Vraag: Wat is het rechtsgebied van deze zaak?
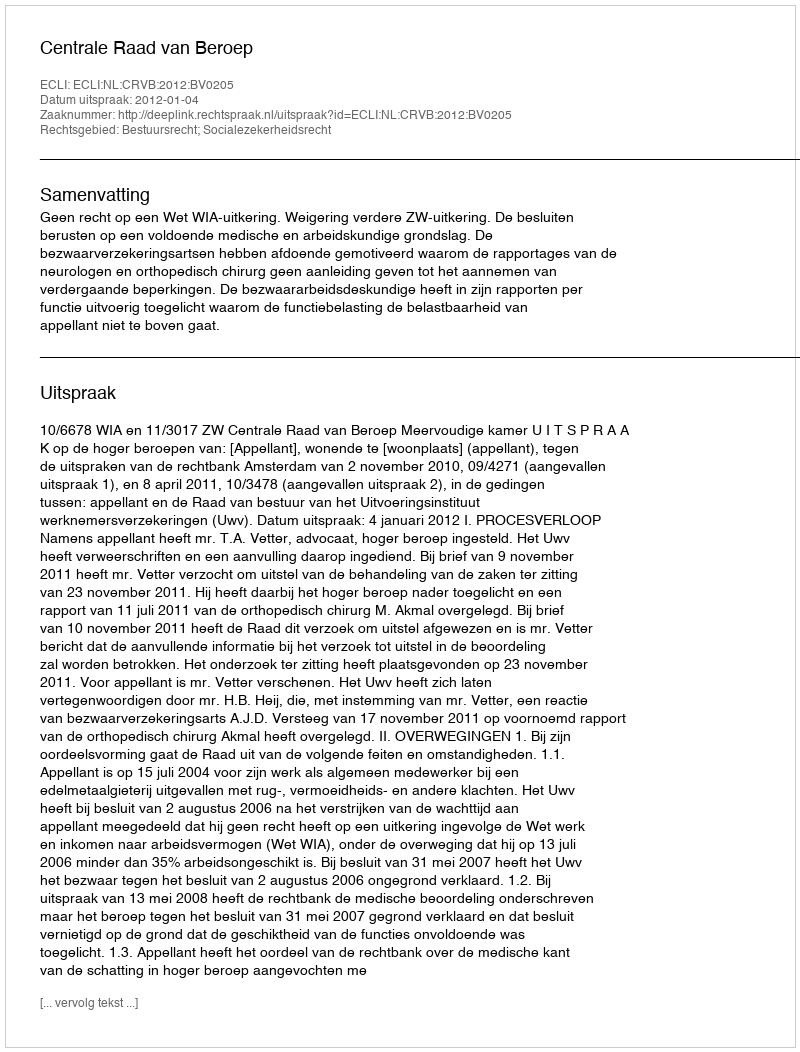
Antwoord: Bestuursrecht; Socialezekerheidsrecht